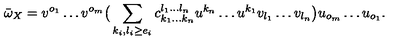
\bar { \omega } _ { X } = v ^ { o _ { 1 } } \dots v ^ { o _ { m } } \big ( \sum _ { k _ { i } , l _ { i } \ge e _ { i } } c _ { k _ { 1 } \dots k _ { n } } ^ { l _ { 1 } \dots l _ { n } } u ^ { k _ { n } } \dots u ^ { k _ { 1 } } v _ { l _ { 1 } } \dots v _ { l _ { n } } \big ) u _ { o _ { m } } \dots u _ { o _ { 1 } } .